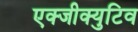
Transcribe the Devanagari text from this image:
एक्जीक्युटिव